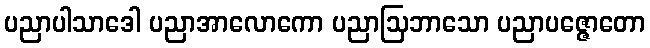
ပညာပါသာဒေါ ပညာအာလောကော ပညာဩဘာသော ပညာပဇ္ဇောတော